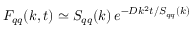
\begin{array} { r } { F _ { q q } ( k , t ) \simeq S _ { q q } ( k ) \, e ^ { - D k ^ { 2 } t / S _ { q q } ( k ) } } \end{array}